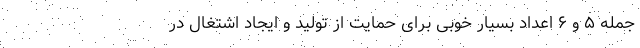
جمله ۵ و ۶ اعداد بسیار خوبی برای حمایت از تولید و ایجاد اشتغال در